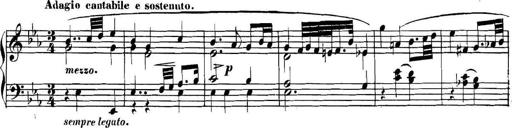
Title: Collected Piano Sonatas
Composer: Muzio Clementi